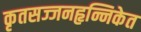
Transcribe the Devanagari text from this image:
कृतसज्जनहृन्निकेत